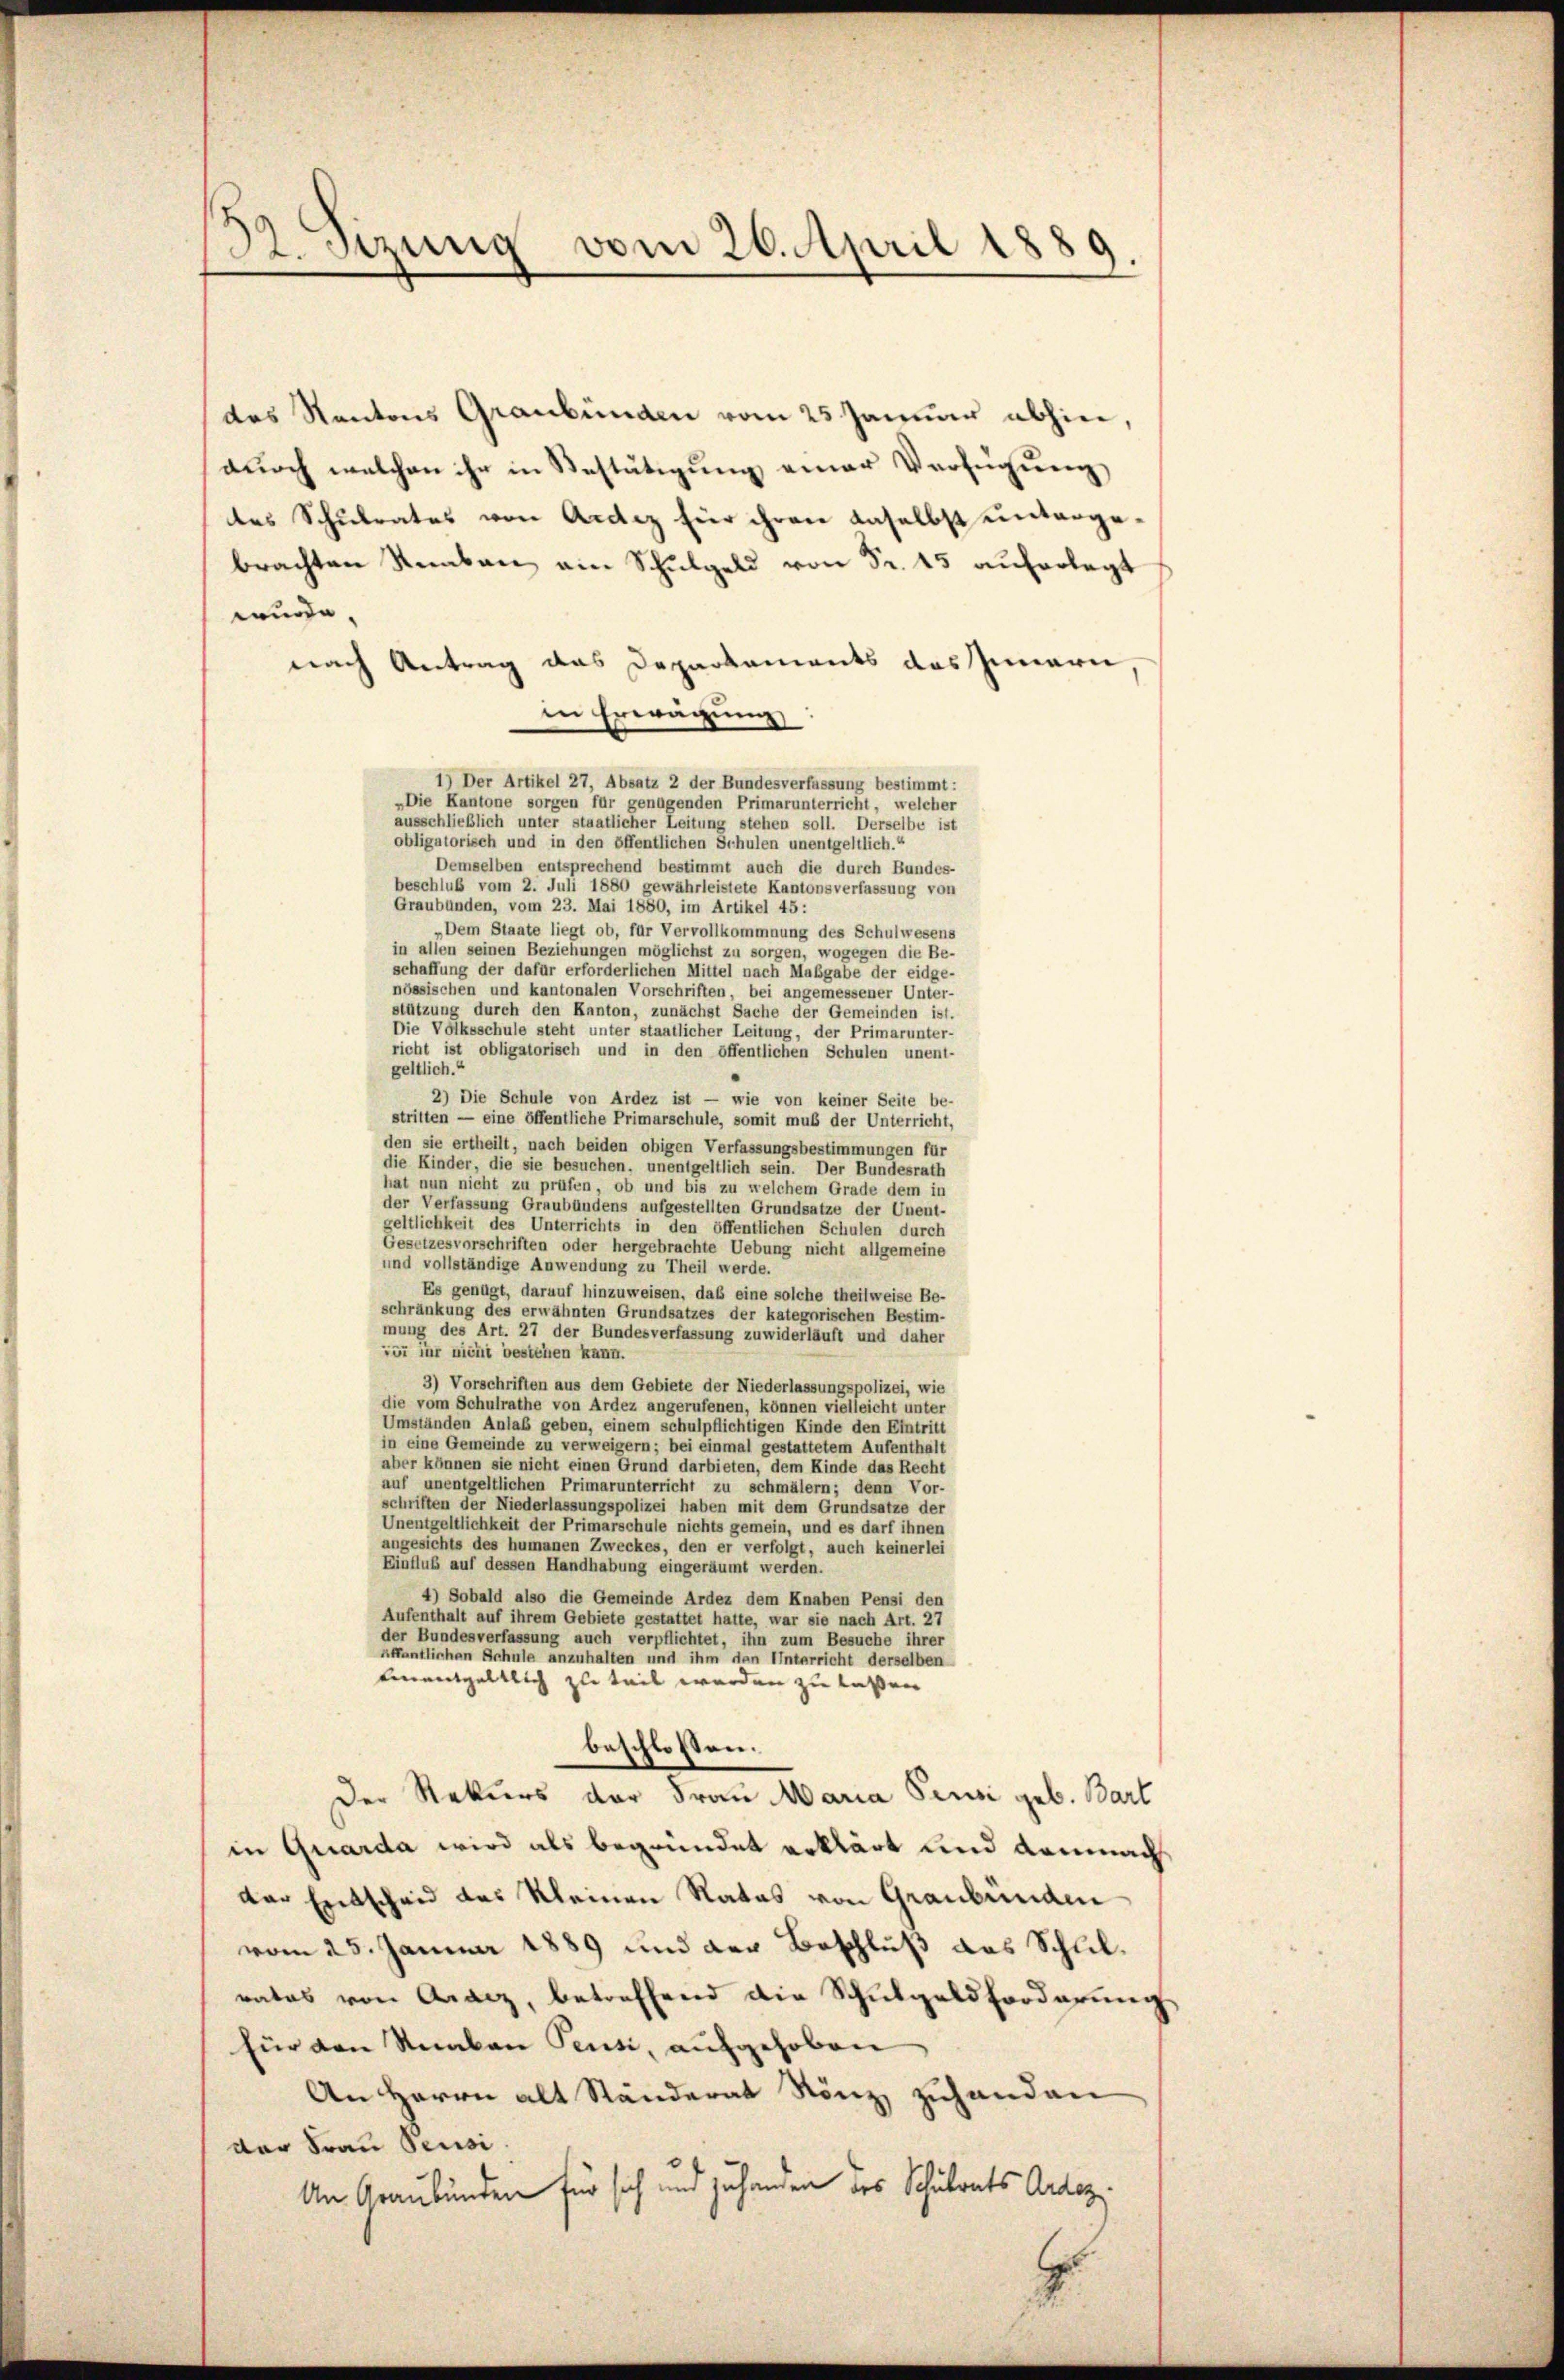
d. Sirung vom 26. April 1889.

das Kantons Graubünden vom 25 Januar abhier,
durch welchen ihr in Bestätigung einer Verfügung
des Schulrates von Ander für ihren daselbst untergebrachten Knaben ain Schulgeld von Fr. 15 auferlegt
wurde.
nach Antrag das Departements das Innern
in Erwägung:
1) Der Artikel 27, Absatz 2 der Bundesverfassung bestimmt:
„Die Kantone sorgen für genügenden Primarunterricht, welcher
ausschließlich unter staatlicher Leitung stehen soll. Derselbe ist
obligatorisch und in den öffentlichen Schulen unentgeltlich.“
Demselben entsprechend bestimmt auch die durch Bundes-
beschluß vom 2. Juli 1880 gewährleistete Kantonsverfassung von
Graubünden, vom 23. Mai 1880, im Artikel 45:
„Dem Staate liegt ob, für Vervollkommnung des Schulwesens
in allen seinen Beziehungen möglichst zu sorgen, wogegen die Be-
schaffung der dafür erforderlichen Mittel nach Maßgabe der eidge-
nössischen und kantonalen Vorschriften, bei angemessener Unter-
stützung durch den Kanton, zunächst Sache der Gemeinden ist.
Die Volksschule steht unter staatlicher Leitung, der Primarunter-
richt ist obligatorisch und in den öffentlichen Schulen unent-
geltlich.“
.
2) Die Schule von Ardez ist — wie von keiner Seite be-
stritten — eine öffentliche Primarschule, somit muß der Unterricht,
den sie ertheilt, nach beiden obigen Verfassungsbestimmungen für
die Kinder, die sie besuchen, unentgeltlich sein. Der Bundesrath
hat nun nicht zu prüfen, ob und bis zu welchem Grade dem in
der Verfassung Graubündens aufgestellten Grundsätze der Unent-
geltlichkeit des Unterrichts in den öffentlichen Schulen durch
Gesetzesvorschriften oder hergebrachte Uebung nicht allgemeine
und vollständige Anwendung zu Theil werde.
Es genügt, darauf hinzuweisen, daß eine solche theilweise Be-
schränkung des erwähnten Grundsatzes der kategorischen Bestim-
mung des Art. 27 der Bundesverfassung zuwiderläuft und daher
zu ihr nicht bestehen kann.
3) Vorschriften aus dem Gebiete der Niederlassungspolizei, wie
die vom Schulrathe von Ardez angerufenen, können vielleicht unter
Umständen Anlaß geben, einem schulpflichtigen Kinde den Eintritt
in eine Gemeinde zu verweigern; bei einmal gestattetem Aufenthalt
aber können sie nicht einen Grund darbieten, dem Kinde das Recht
auf unentgeltlichen Primarunterricht zu schmälern; denn Vor-
schriften der Niederlassungspolizei haben mit dem Grundsätze der
Unentgeltlichkeit der Primarschule nichts gemein, und es darf ihnen
angesichts des humanen Zweckes, den er verfolgt, auch keinerlei
Einflub auf dessen Handhabung eingeräumt werden.
4) Sobald also die Gemeinde Ardez dem Knaben Pensi den
Aufenthalt auf ihrem Gebiete gestattet hatte, war sie nach Art. 27
der Bundesverfassung auch verpflichtet, ihn zum Besuche ihrer
öffentlichen Schule anzuhalten und ihm den Unterricht derselben
Einentgeltlich zu teil werden zu laßen
beschlossen:
Der Rekurs der Frau Maria Pensi geb. Bart
in Quarda wird als begründet erklärt und demnach
der Entscheid des kleinen Rates von Graubünden
vom 25. Januar 1889 und der Beschluß das Schlilrates von Graz, betreffend die Schŭlgeldforderŭng
für von Knaben Pensi, aufgehoben
An Herrn alt Ständerat Rönz zuhanden
der Frau Pensi
An Graubünden für sich und zuhanden des Schulrats Ardez.